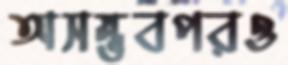
অসম্ভবপরও